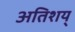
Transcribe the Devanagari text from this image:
अतिशय्